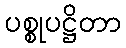
ပစ္စုပဋ္ဌိတာ